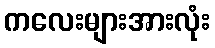
ကလေးများအားလုံး